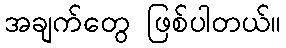
အချက်တွေ ဖြစ်ပါတယ်။